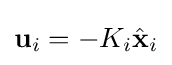
\mathbf {u} _{i}=-K_{i}{\hat {\mathbf {x} }}_{i}